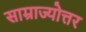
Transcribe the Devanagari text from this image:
साम्राज्योत्तर